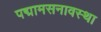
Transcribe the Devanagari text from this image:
पद्मामसनावस्था